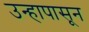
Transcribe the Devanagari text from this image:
उन्हापासून